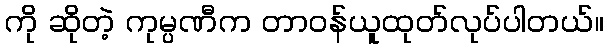
ကို ဆိုတဲ့ ကုမ္ပဏီက တာဝန်ယူထုတ်လုပ်ပါတယ်။